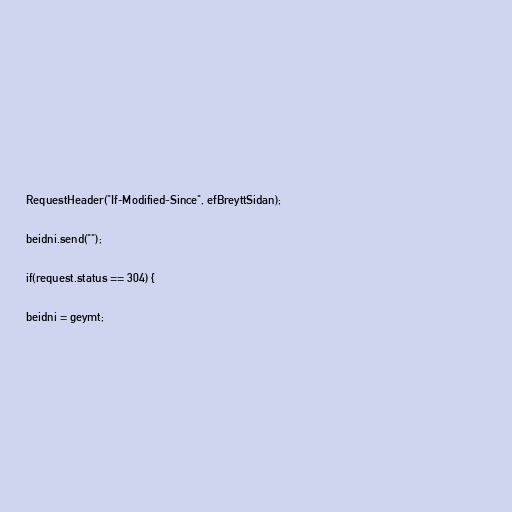
RequestHeader("If-Modified-Since", efBreyttSidan);

beidni.send("");

if(request.status == 304) {

beidni = geymt;